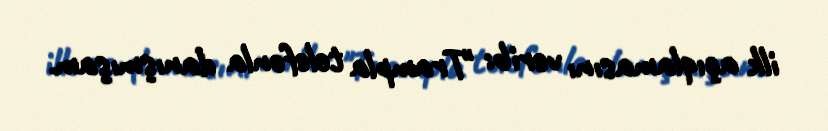
ilk açıqlamasını verib: "Trampla telefonla danışmışam.